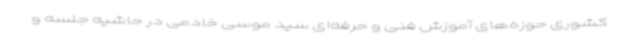
کشوری حوزه‌های آموزش فنی و حرفه‌ای سید موسی خادمی در حاشیه جلسه و